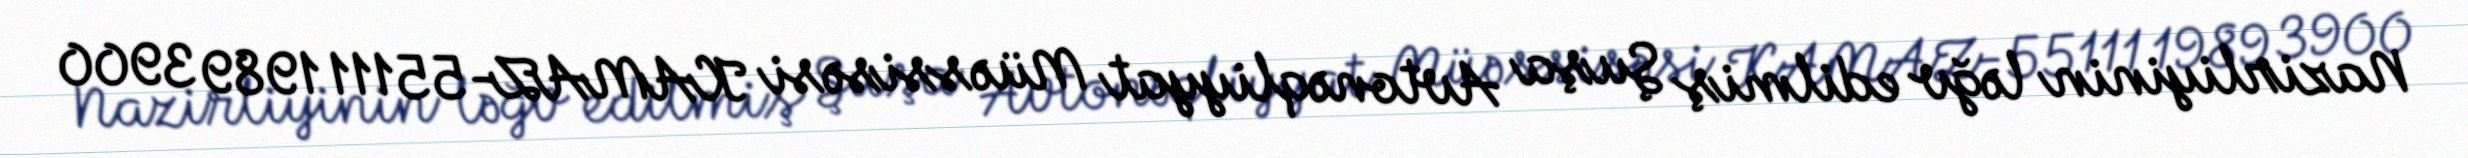
Nazirliyinin ləğv edilmiş Şuşa Avtonəqliyyat Müəssisəsi KAMAZ-55111 1989 3900